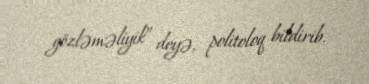
gözləməliyik” deyə, politoloq bildirib.